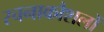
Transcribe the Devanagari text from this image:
रचनाकौशलों